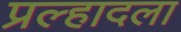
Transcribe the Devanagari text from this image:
प्रल्हादला